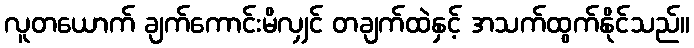
လူတယောက် ချက်ကောင်းမိလျှင် တချက်ထဲနှင့် အသက်ထွက်နိုင်သည်။